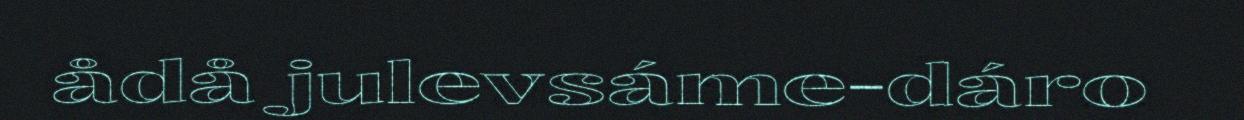
ådå julevsáme-dáro